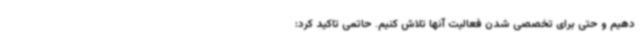
دهیم و حتی برای تخصصی شدن فعالیت آنها تلاش کنیم. حاتمی تاکید کرد: